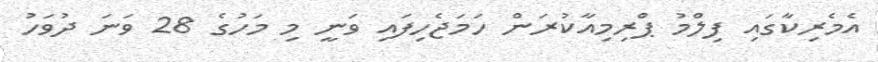
އެމެރިކާގައި ފިލްމު ޕްރިމިއާކުރަން ހަމަޖެހިފައި ވަނީ މި މަހުގެ 28 ވަނަ ދުވަހު